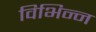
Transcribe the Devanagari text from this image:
विभिन्‍न